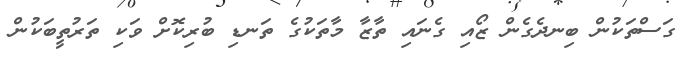
ގަސްތަކުން ބިނދެގެން ޒޯއި ގެނައި ތާޒާ މާތަކުގެ ތަނޑި ބުރިކޮށް ވަކި ތަރުތީބަކުން